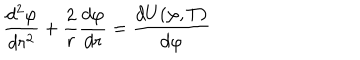
{ \frac { d ^ { 2 } \varphi } { d r ^ { 2 } } } + { \frac { 2 } { r } } { \frac { d \varphi } { d r } } = { \frac { d U ( \varphi , T ) } { d \varphi } }